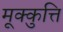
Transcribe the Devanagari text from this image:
मूक्कुत्ति